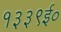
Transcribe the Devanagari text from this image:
१३३९ई०